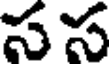
సస